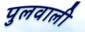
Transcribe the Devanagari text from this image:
पुलवाली